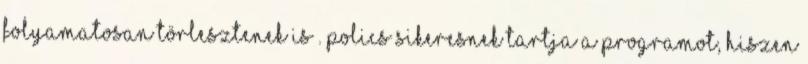
folyamatosan törlesztenek is”. Polics sikeresnek tartja a programot, hiszen